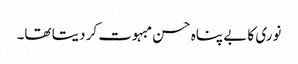
نوری کا بے پناہ حسن مبہوت کر دیتا تھا۔